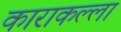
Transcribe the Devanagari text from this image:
काराकल्ला